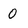
Character: 0